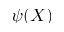
\psi ( X )